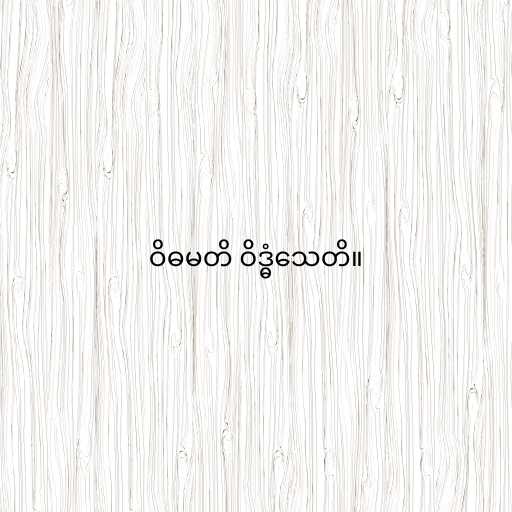
ဝိဓမတိ ဝိဒ္ဓံသေတိ။